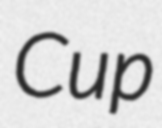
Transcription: Cup